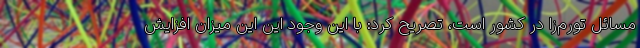
مسائل تورم‌زا در کشور است، تصریح کرد: با این وجود این این میزان افزایش